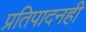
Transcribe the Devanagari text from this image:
प्रतिपादनही